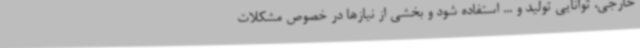
خارجی، توانایی تولید و ... استفاده شود و بخشی از نیازها در خصوص مشکلات